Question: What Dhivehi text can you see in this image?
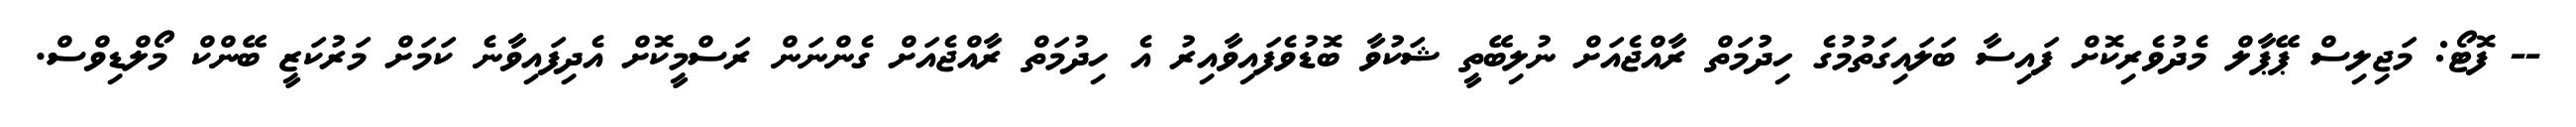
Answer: -- ފޮޓޯ: މަޖިލިސް ޕޭޕާލް މެދުވެރިކޮށް ފައިސާ ބަލައިގަތުމުގެ ހިދުުމަތް ރާއްޖެއަށް ނުލިބޭތީ ޝަކުވާ ބޮޑުވެފައިވާއިރު އެ ހިދުމަތް ރާއްޖެއަށް ގެންނަން ރަސްމީކޮށް އެދިފައިވާނެ ކަމަށް މަރުކަޒީ ބޭންކް މޯލްޑިވްސް.